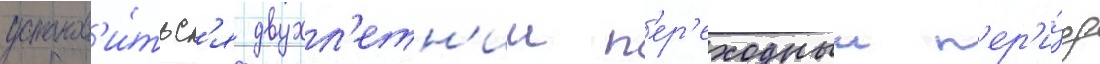
установ'и́тьс'я двухл'етн'ии п'ер'еходныи п'ер'и́од